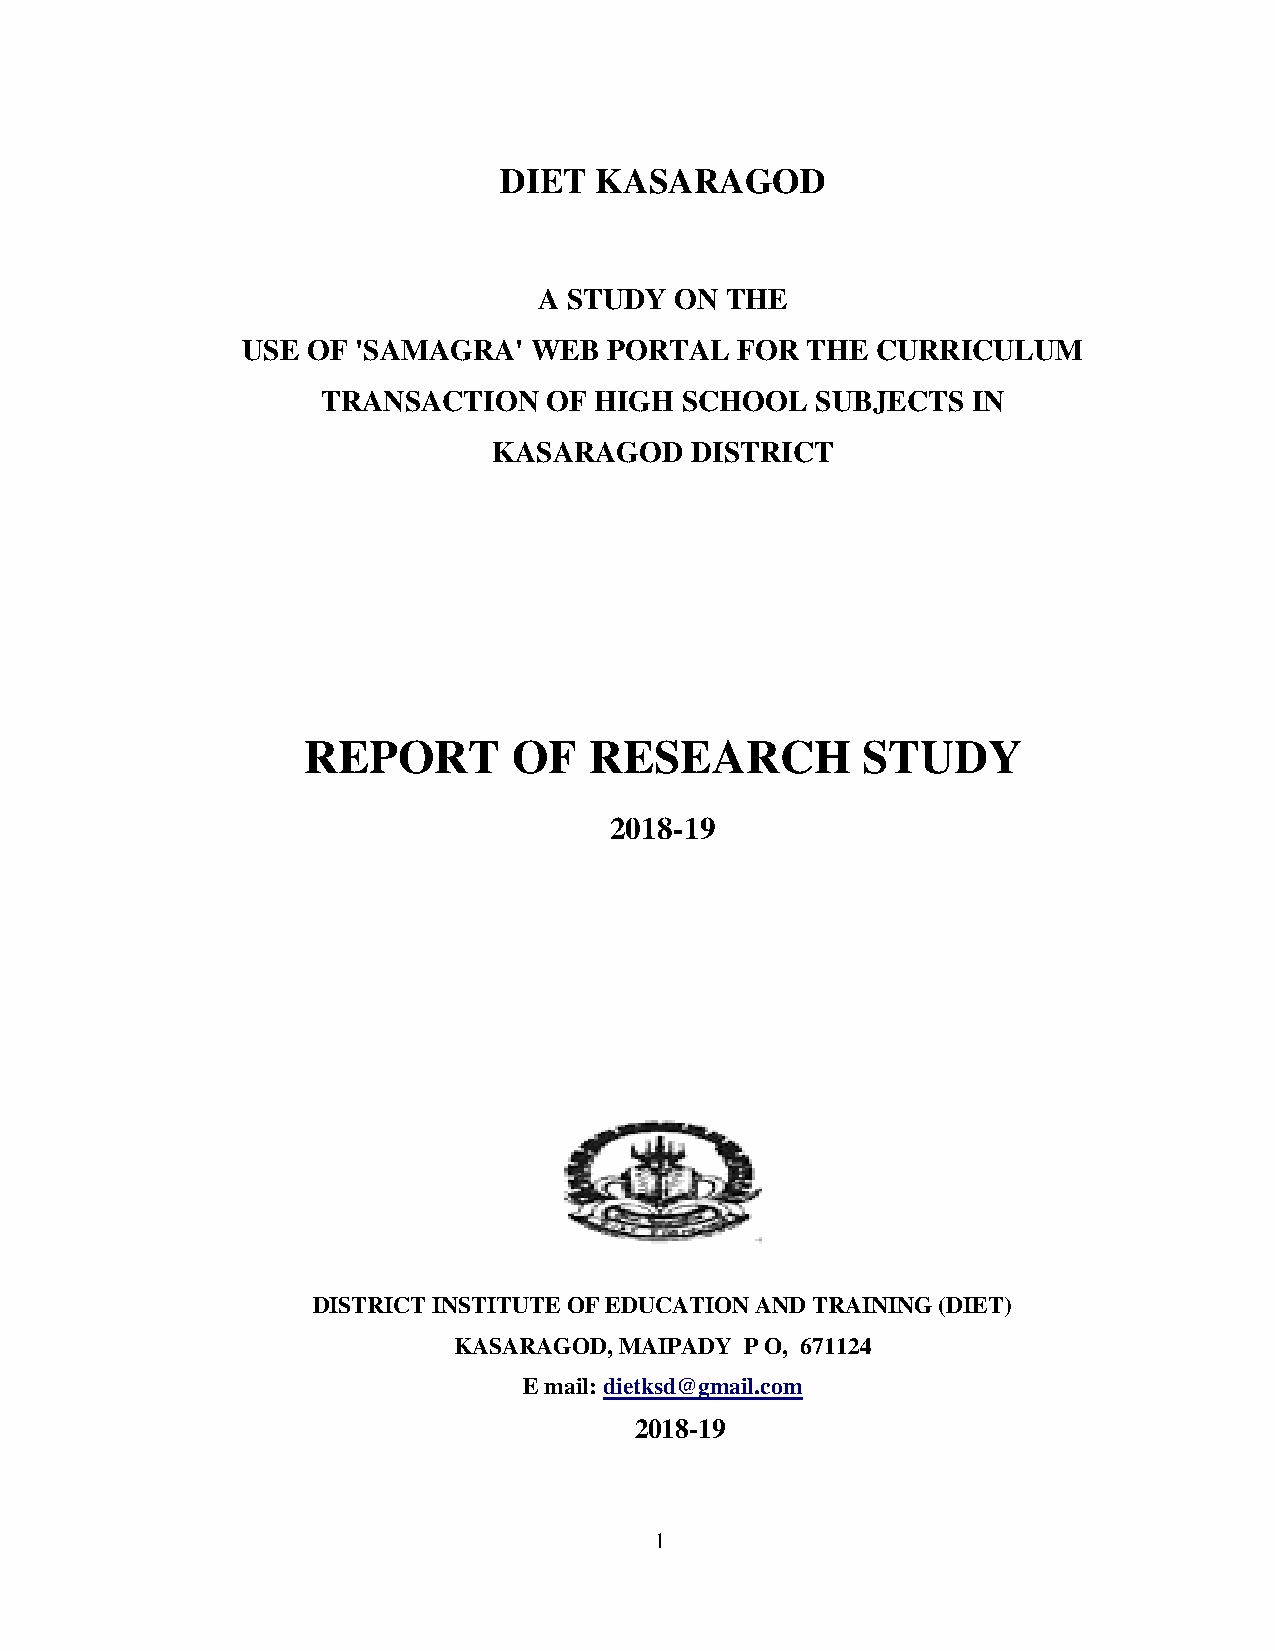
DIET  KASARAGOD
 A STUDY  ON THE
 USE OF  'SAMAGRA'  WEB  PORTAL   FOR THE  CURRICULUM
 TRANSACTION    OF HIGH  SCHOOL   SUBJECTS  IN
 KASARAGOD    DISTRICT
 REPORT        OF   RESEARCH          STUDY
 2018-19
 DISTRICT INSTITUTE OF EDUCATION AND TRAINING (DIET)
 KASARAGOD, MAIPADY P O, 671124
 E mail: dietksd@gmail.com
 2018-19
 1